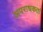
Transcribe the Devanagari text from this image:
अपराधकर्ता